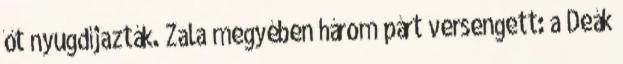
őt nyugdíjazták. Zala megyében három párt versengett: a Deák